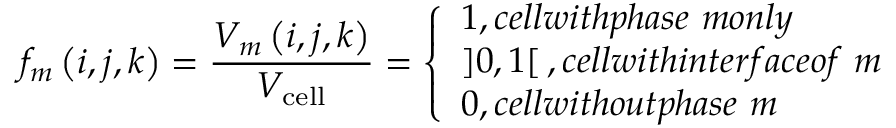
f _ { m } \left( i , j , k \right) = \frac { V _ { m } \left( i , j , k \right) } { V _ { \mathrm { c e l l } } } = \left\{ \begin{array} { l l } { 1 , c e l l w i t h p h a s e ~ m o n l y } \\ { \left] 0 , 1 \right[ , c e l l w i t h i n t e r f a c e o f ~ m } \\ { 0 , c e l l w i t h o u t p h a s e ~ m } \end{array} \right.